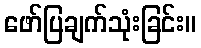
ဖော်ပြချက်သုံးခြင်း။